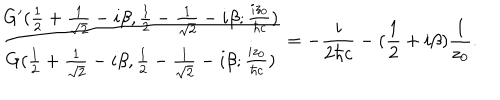
\frac { G ^ { \prime } ( \frac { 1 } { 2 } + \frac { 1 } { \sqrt { 2 } } - i { \beta } , \frac { 1 } { 2 } - \frac { 1 } { \sqrt { 2 } } - i { \beta } ; \frac { i z _ { 0 } } { { \hbar } c } ) } { G ( \frac { 1 } { 2 } + \frac { 1 } { \sqrt { 2 } } - i { \beta } , \frac { 1 } { 2 } - \frac { 1 } { \sqrt { 2 } } - i { \beta } ; \frac { i z _ { 0 } } { { \hbar } c } ) } = - \frac { i } { 2 { \hbar } c } - ( \frac { 1 } { 2 } + i { \beta } ) \frac { 1 } { z _ { 0 } } .